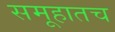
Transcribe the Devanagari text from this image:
समूहातच